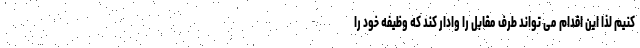
کنیم لذا این اقدام می تواند طرف مقابل را وادار کند که وظیفه خود را